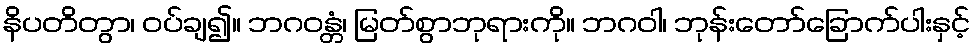
နိပတိတွာ၊ ဝပ်ချ၍။ ဘဂဝန္တံ၊ မြတ်စွာဘုရားကို။ ဘဂဝါ၊ ဘုန်းတော်ခြောက်ပါးနှင့်